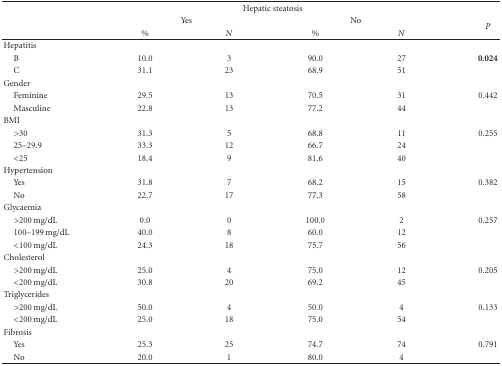
|  | <COLSPAN=4> Hepatic steatosis |  |
 |  | <COLSPAN=2> Yes | <COLSPAN=2> No | P |
 |  | % | N | % | N |
 | --- | --- | --- | --- | --- | --- |
 | Hepatitis |  |  |  |  |  |
 | B | 10.0 | 3 | 90.0 | 27 | 0.024 |
 | C | 31.1 | 23 | 68.9 | 51 |  |
 | Gender |  |  |  |  |  |
 | Feminine | 29.5 | 13 | 70.5 | 31 | 0.442 |
 | Masculine | 22.8 | 13 | 77.2 | 44 |  |
 | BMI |  |  |  |  |  |
 | >30 | 31.3 | 5 | 68.8 | 11 | 0.255 |
 | 25–29.9 | 33.3 | 12 | 66.7 | 24 |  |
 | <25 | 18.4 | 9 | 81.6 | 40 |  |
 | Hypertension |  |  |  |  |  |
 | Yes | 31.8 | 7 | 68.2 | 15 | 0.382 |
 | No | 22.7 | 17 | 77.3 | 58 |  |
 | Glycaemia |  |  |  |  |  |
 | >200 mg/dL | 0.0 | 0 | 100.0 | 2 | 0.257 |
 | 100–199 mg/dL | 40.0 | 8 | 60.0 | 12 |  |
 | <100 mg/dL | 24.3 | 18 | 75.7 | 56 |  |
 | Cholesterol |  |  |  |  |  |
 | >200 mg/dL | 25.0 | 4 | 75.0 | 12 | 0.205 |
 | <200 mg/dL | 30.8 | 20 | 69.2 | 45 |  |
 | Triglycerides |  |  |  |  |  |
 | >200 mg/dL | 50.0 | 4 | 50.0 | 4 | 0.133 |
 | <200 mg/dL | 25.0 | 18 | 75.0 | 54 |  |
 | Fibrosis |  |  |  |  |  |
 | Yes | 25.3 | 25 | 74.7 | 74 | 0.791 |
 | No | 20.0 | 1 | 80.0 | 4 |  |